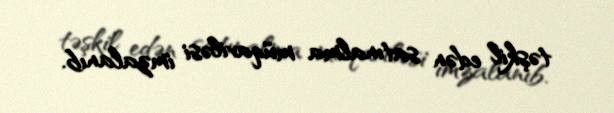
təşkil edən satınalma müqaviləsi imzalanıb.